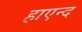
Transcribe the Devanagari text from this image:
हाएन्द